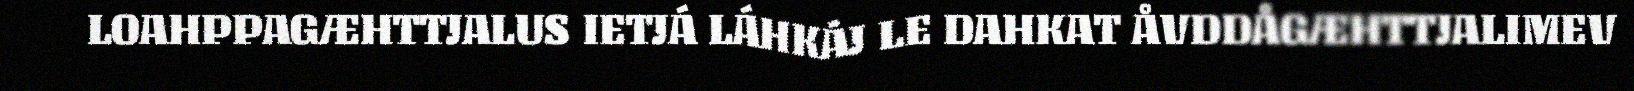
LOAHPPAGÆHTTJALUS IETJÁ LÁHKÁJ LE DAHKAT ÅVDDÅGÆHTTJALIMEV